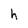
Character: h